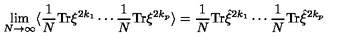
\lim _ { N \rightarrow \infty } \langle \frac { 1 } { N } \mathrm { T r } \xi ^ { 2 k _ { 1 } } \cdots \frac { 1 } { N } \mathrm { T r } \xi ^ { 2 k _ { p } } \rangle = \frac { 1 } { N } \mathrm { T r } { \hat { \xi } } ^ { 2 k _ { 1 } } \cdots \frac { 1 } { N } \mathrm { T r } { \hat { \xi } } ^ { 2 k _ { p } }